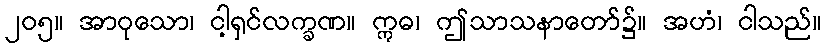
၂၀၅။ အာဝုသော၊ ငါ့ရှင်လက္ခဏ။ ဣဓ၊ ဤသာသနာတော်၌။ အဟံ၊ ငါသည်။